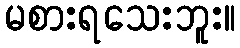
မစားရသေးဘူး။